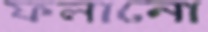
ফলানো